Lunatic asylums Bombay report 1891-1903 - 1891-1903
Year: 1891
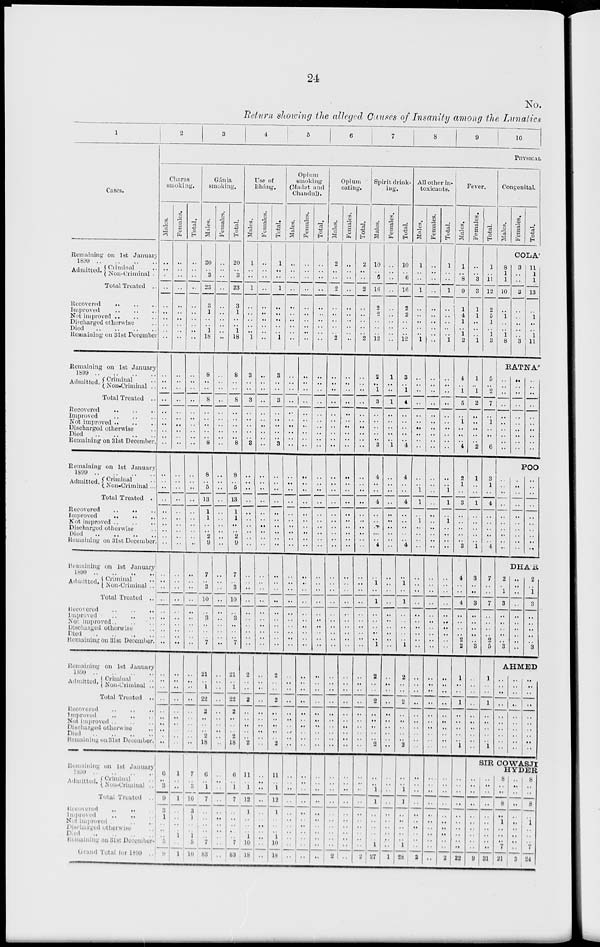
24
No.
Return showing the alleged Causes of Insanity among the Lunatics
1
Cases.
2
3
4
5
6
7
8
9
10
PHYSICAL
Charas
smoking.
Males.
Females.
Total.
Gánja
smoking,
Males.
Females.
Total.
Use of
Bháng.
Males.
Females.
Total.
Opium
smoking
(Madat and
Chandul).
Males.
Females.
Total.
Opium
eating.
Males.
Females.
Total.
Spirit drink-
ing.
Males.
Females.
Total.
All other in-
toxicants.
Males.
Females.
Total.
Fever.
Males.
Females.
Total.
Congenital.
Males.
Females.
Total.
COLA'
Remaining on 1st January
1899 .. .. .. ..
Admitted. Criminal ..
Non-Criminal .
Total Treated ..
Recovered .. .. ..
Improved .. .. ..
Not improved .. .. ..
Discharged otherwise ..
Died
..
..
..
..
Remaining on 31st December
..
..
..
..
..
..
..
..
..
..
..
..
..
..
..
..
..
..
..
..
..
..
..
..
..
..
..
..
..
..
20
..
3
23
3
1
..
..
1
18
..
..
..
..
..
..
..
..
..
..
20
..
3
23
3
1
..
..
1
18
1
..
..
..
..
..
..
..
..
1
..
..
..
..
..
..
..
..
..
..
1
..
..
..
..
..
..
..
..
1
..
..
..
..
..
..
..
..
..
..
..
..
..
..
..
..
..
..
..
..
..
..
..
..
..
..
..
..
..
..
2
..
..
2
..
..
..
..
..
2
..
..
..
..
..
..
..
..
..
..
2
..
..
2
..
..
..
..
..
2
10
..
6
16
2
2
..
..
..
12
..
..
..
..
..
..
..
..
..
..
10
..
6
16
2
2
..
..
..
12
1
..
..
1
..
..
..
..
..
1
..
..
..
..
..
..
..
..
..
..
1
..
..
1
..
..
..
..
..
1
1
..
8
9
1
4
1
..
1
2
..
..
3
3
1
1
..
..
..
1
1
..
11
12
2
5
1
..
1
3
8
1
1
10
..
1
..
..
1
8
3
..
..
3
..
..
..
..
..
3
11
1
1
13
..
1
..
..
1
11
RATNA'
Remaining on 1st January
1899 .. .. .. ..
Admitted. Criminal ..
Non-criminal ..
Total Treated ..
Recovered
..
..
..
Improved .. .. ..
Not improved .. .. ..
Discharged otherwise ..
Died
..
..
..
..
Remaining on 31st December.
..
..
..
..
..
..
..
..
..
..
..
..
..
..
..
..
..
..
..
..
..
..
..
..
..
..
..
..
..
..
8
..
..
8
..
..
..
..
..
8
..
..
..
..
..
..
..
..
..
..
8
..
..
8
..
..
..
..
..
8
3
..
..
3
..
..
..
..
..
3
..
..
..
..
..
..
..
..
..
..
3
..
..
3
..
..
..
..
..
3
..
..
..
..
..
..
..
..
..
..
..
..
..
..
..
..
..
..
..
..
..
..
..
..
..
..
..
..
..
..
..
..
..
..
..
..
..
..
..
..
..
..
..
..
..
..
..
..
..
..
..
..
..
..
..
..
..
..
..
..
2
..
1
3
..
..
..
..
..
3
1
..
..
1
..
..
..
..
..
1
3
..
1
4
..
..
..
..
..
4
..
..
..
..
..
..
..
..
..
..
..
..
..
..
..
..
..
..
..
..
..
..
..
..
..
..
..
..
..
..
4
..
1
5
..
1
..
..
..
4
1
..
1
2
..
..
..
..
..
2
5
..
2
7
..
1
..
..
..
6
..
..
..
..
..
..
..
..
..
..
..
..
..
..
..
..
..
..
..
..
..
..
..
..
..
..
..
..
..
..
POO
Remaining on 1st January
1899
..
..
..
..
Admitted. Criminal ..
Non-Criminal ...
Total Treated .
Recovered
..
..
..
Improved
..
..
..
Not improved .. .. ..
Discharged otherwise ..
Died
..
..
..
..
Remaining on 31st December
..
..
..
..
..
..
..
..
..
..
..
..
..
..
..
..
..
..
..
..
..
..
..
..
..
..
..
..
..
..
8
..
5
13
1
1
..
..
2
9
..
..
..
..
..
..
..
..
..
..
8
..
5
13
1
1
..
..
2
9
..
..
..
..
..
..
..
..
..
..
..
..
..
..
..
..
..
..
..
..
..
..
..
..
..
..
..
..
..
..
..
..
..
..
..
..
..
..
..
..
..
..
..
..
..
..
..
..
..
..
..
..
..
..
..
..
..
..
..
..
..
..
..
..
..
..
..
..
..
..
..
..
..
..
..
..
..
..
..
..
..
..
..
..
..
..
..
..
..
..
4
..
..
4
..
..
..
..
..
4
..
..
..
..
..
..
..
..
..
..
4
..
..
4
..
..
..
..
..
4
..
..
1
1
..
1
..
..
..
..
..
..
..
..
..
..
..
..
..
..
..
..
1
1
..
1
..
..
..
..
2
1
..
3
..
..
..
..
..
3
1
..
..
1
..
..
..
..
..
1
3
1
..
4
..
..
..
..
..
4
..
..
..
..
..
..
..
..
..
..
..
..
..
..
..
..
..
..
..
..
..
..
..
..
..
..
..
..
..
..
DHA'R
Remaining on 1st January
1899 .. .. .. ..
Admitted. Criminal ..
Non-criminal ..
Total Treated ..
Recovered .. .. ..
Improved .. .. ..
Not improved .. .. ..
Discharged otherwise ..
Died
..
..
..
..
Remaining on 31st December.
..
..
..
..
..
..
..
..
..
..
..
..
..
..
..
..
..
..
..
..
..
..
..
..
..
..
..
..
..
..
7
..
3
10
..
..
..
..
..
7
..
..
..
..
..
..
..
..
..
..
7
..
3
10
..
..
..
..
..
7
..
..
..
..
..
..
..
..
..
..
..
..
..
..
..
..
..
..
..
..
..
..
..
..
..
..
..
..
..
..
..
..
..
..
..
..
..
..
..
..
..
..
..
..
..
..
..
..
..
..
..
..
..
..
..
..
..
..
..
..
..
..
..
..
..
..
..
..
..
..
..
..
..
..
..
..
..
..
..
..
..
..
..
..
..
..
..
..
..
..
..
1
..
1
..
..
..
..
..
1
..
..
..
..
..
..
..
..
..
..
..
1
..
1
..
..
..
..
..
1
..
..
..
..
..
..
..
..
..
..
..
..
..
..
..
..
..
..
..
..
..
..
..
..
..
..
..
..
..
..
4
..
..
4
..
..
..
..
2
2
3
..
..
3
..
..
..
..
..
3
7
..
..
7
..
..
..
..
2
5
2
..
1
3
..
..
..
..
..
3
..
..
..
..
..
..
..
..
..
..
2
..
1
3
..
..
..
..
..
3
AHMED
Remaining on 1st January
Admitted. Criminal ..
Non-criminal ..
Total treated ..
Recovered .. .. ..
Improved .. .. ..
Not improved .. .. ..
Discharged otherwise ..
Died
..
..
..
..
Remaining on 31st December.
..
..
..
..
..
..
..
..
..
..
..
..
..
..
..
..
..
..
..
..
..
..
..
..
..
..
..
..
..
..
21
.. 1
22
2
..
..
..
2
18
..
..
..
..
..
..
..
..
..
..
21
..
1
22
2
..
..
..
2
18
2
..
..
2
..
..
..
..
..
2
..
..
..
..
..
..
..
..
..
..
2
..
..
2
..
..
..
..
..
2
..
..
..
..
..
..
..
..
..
..
..
..
..
..
..
..
..
..
..
..
..
..
..
..
..
..
..
..
..
..
..
..
..
..
..
..
..
..
..
..
..
..
..
..
..
..
..
..
..
..
..
..
..
..
..
..
..
..
..
..
2
..
..
2
..
..
..
..
..
2
..
..
..
..
..
..
..
..
..
..
2
..
..
2
..
..
..
..
..
2
..
..
..
..
..
..
..
..
..
..
..
..
..
..
..
..
..
..
..
..
..
..
..
..
..
..
..
..
..
..
1
..
..
1
..
..
..
..
..
1
..
..
..
..
..
..
..
..
..
..
1
..
..
1
..
..
..
..
..
1
..
..
..
..
..
..
..
..
..
..
..
..
..
..
..
..
..
..
..
..
..
..
..
..
..
..
..
..
..
..
SIR COWASJI HYDER
Remaining on 1st January
1899 .. .. .. ..
Admitted. Criminal ..
Non-Criminal
..
Total Treated ..
Recovered .. .. ..
Improved .. .. ..
Not improved .. ..
Discharged otherwise .. ..
Died .. .. .. ..
Remaining on 31st December
Grand Total for 1899 ..
6
.. 3
9
3
1
..
..
..
5
9
1
..
..
1
..
..
..
..
1
..
1
7
..
3
10
3
1
..
..
1
5
10
6
..
1
7
..
..
..
..
..
7
83
..
..
..
..
..
..
..
..
..
..
..
6
..
1
7
..
..
..
..
..
7
83
11
..
1
12
1
..
..
..
1
10
18
..
..
..
..
..
..
..
..
..
..
..
11
..
1
12
1
..
..
..
1
10
18
..
..
..
..
..
..
..
..
..
..
..
..
..
..
..
..
..
..
..
..
..
..
..
..
..
..
..
..
..
..
..
..
..
..
..
..
..
..
..
..
..
..
..
..
..
..
..
..
..
..
..
..
..
..
..
..
..
..
..
..
..
..
..
..
..
2
..
..
1
1
..
..
..
..
..
1
27
..
..
..
..
..
..
..
..
..
..
1
..
.. 1
1
..
..
..
..
..
1
28
..
..
..
..
..
..
..
..
..
..
2
..
..
..
..
..
..
..
..
..
..
..
..
..
..
..
..
..
..
..
..
..
2
..
..
..
..
..
..
..
..
..
..
22
..
..
..
..
..
..
..
..
..
..
9
..
..
..
..
..
..
..
..
..
..
31
8
..
..
8
..
1
..
..
..
7
21
..
..
..
..
..
..
..
..
..
..
3
8
..
..
8
..
1
..
..
..
7
24